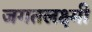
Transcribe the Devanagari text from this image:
जगतलक्ष्मी